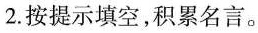
2.按提示填空，积累名言。